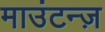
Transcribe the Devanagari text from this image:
माउंटन्ज़